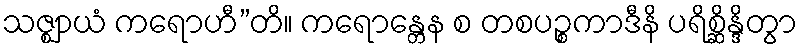
သဇ္ဈာယံ ကရောဟီ”တိ။ ကရောန္တေန စ တစပဉ္စကာဒီနိ ပရိစ္ဆိန္ဒိတွာ